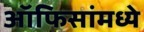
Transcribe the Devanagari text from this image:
ऑफिसांमध्ये